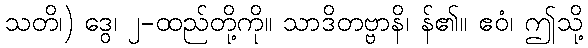
သတိ၊) ဒွေ၊ ၂-ထည်တို့ကို။ သာဒိတဗ္ဗာနိ၊ န်၏။ ဧဝံ၊ ဤသို့